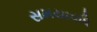
સમયાવધિ